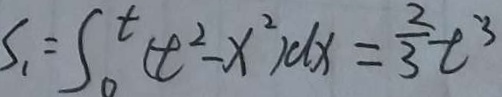
S _ { 1 } = S _ { 0 } ^ { t } ( t ^ { 2 } - x ^ { 2 } ) d x = \frac { 2 } { 3 } t ^ { 3 }